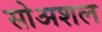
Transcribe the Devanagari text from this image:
सोअशल